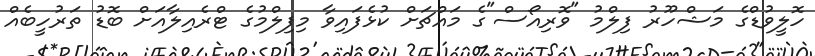
ހޮލީވުޑްގެ މަޝްހޫރު ފިލްމު "ވޮރިއޯސް"ގެ މައްޗަށް ކުޅެފައިވާ މިފިލްމުގެ ޓްރެއިލާއަށް ބޮޑު ތަރުހީބެއް